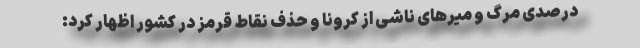
درصدی مرگ و میرهای ناشی از کرونا و حذف نقاط قرمز در کشور اظهار کرد: